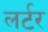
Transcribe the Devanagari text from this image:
लर्टर